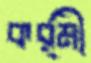
কর্র্মী